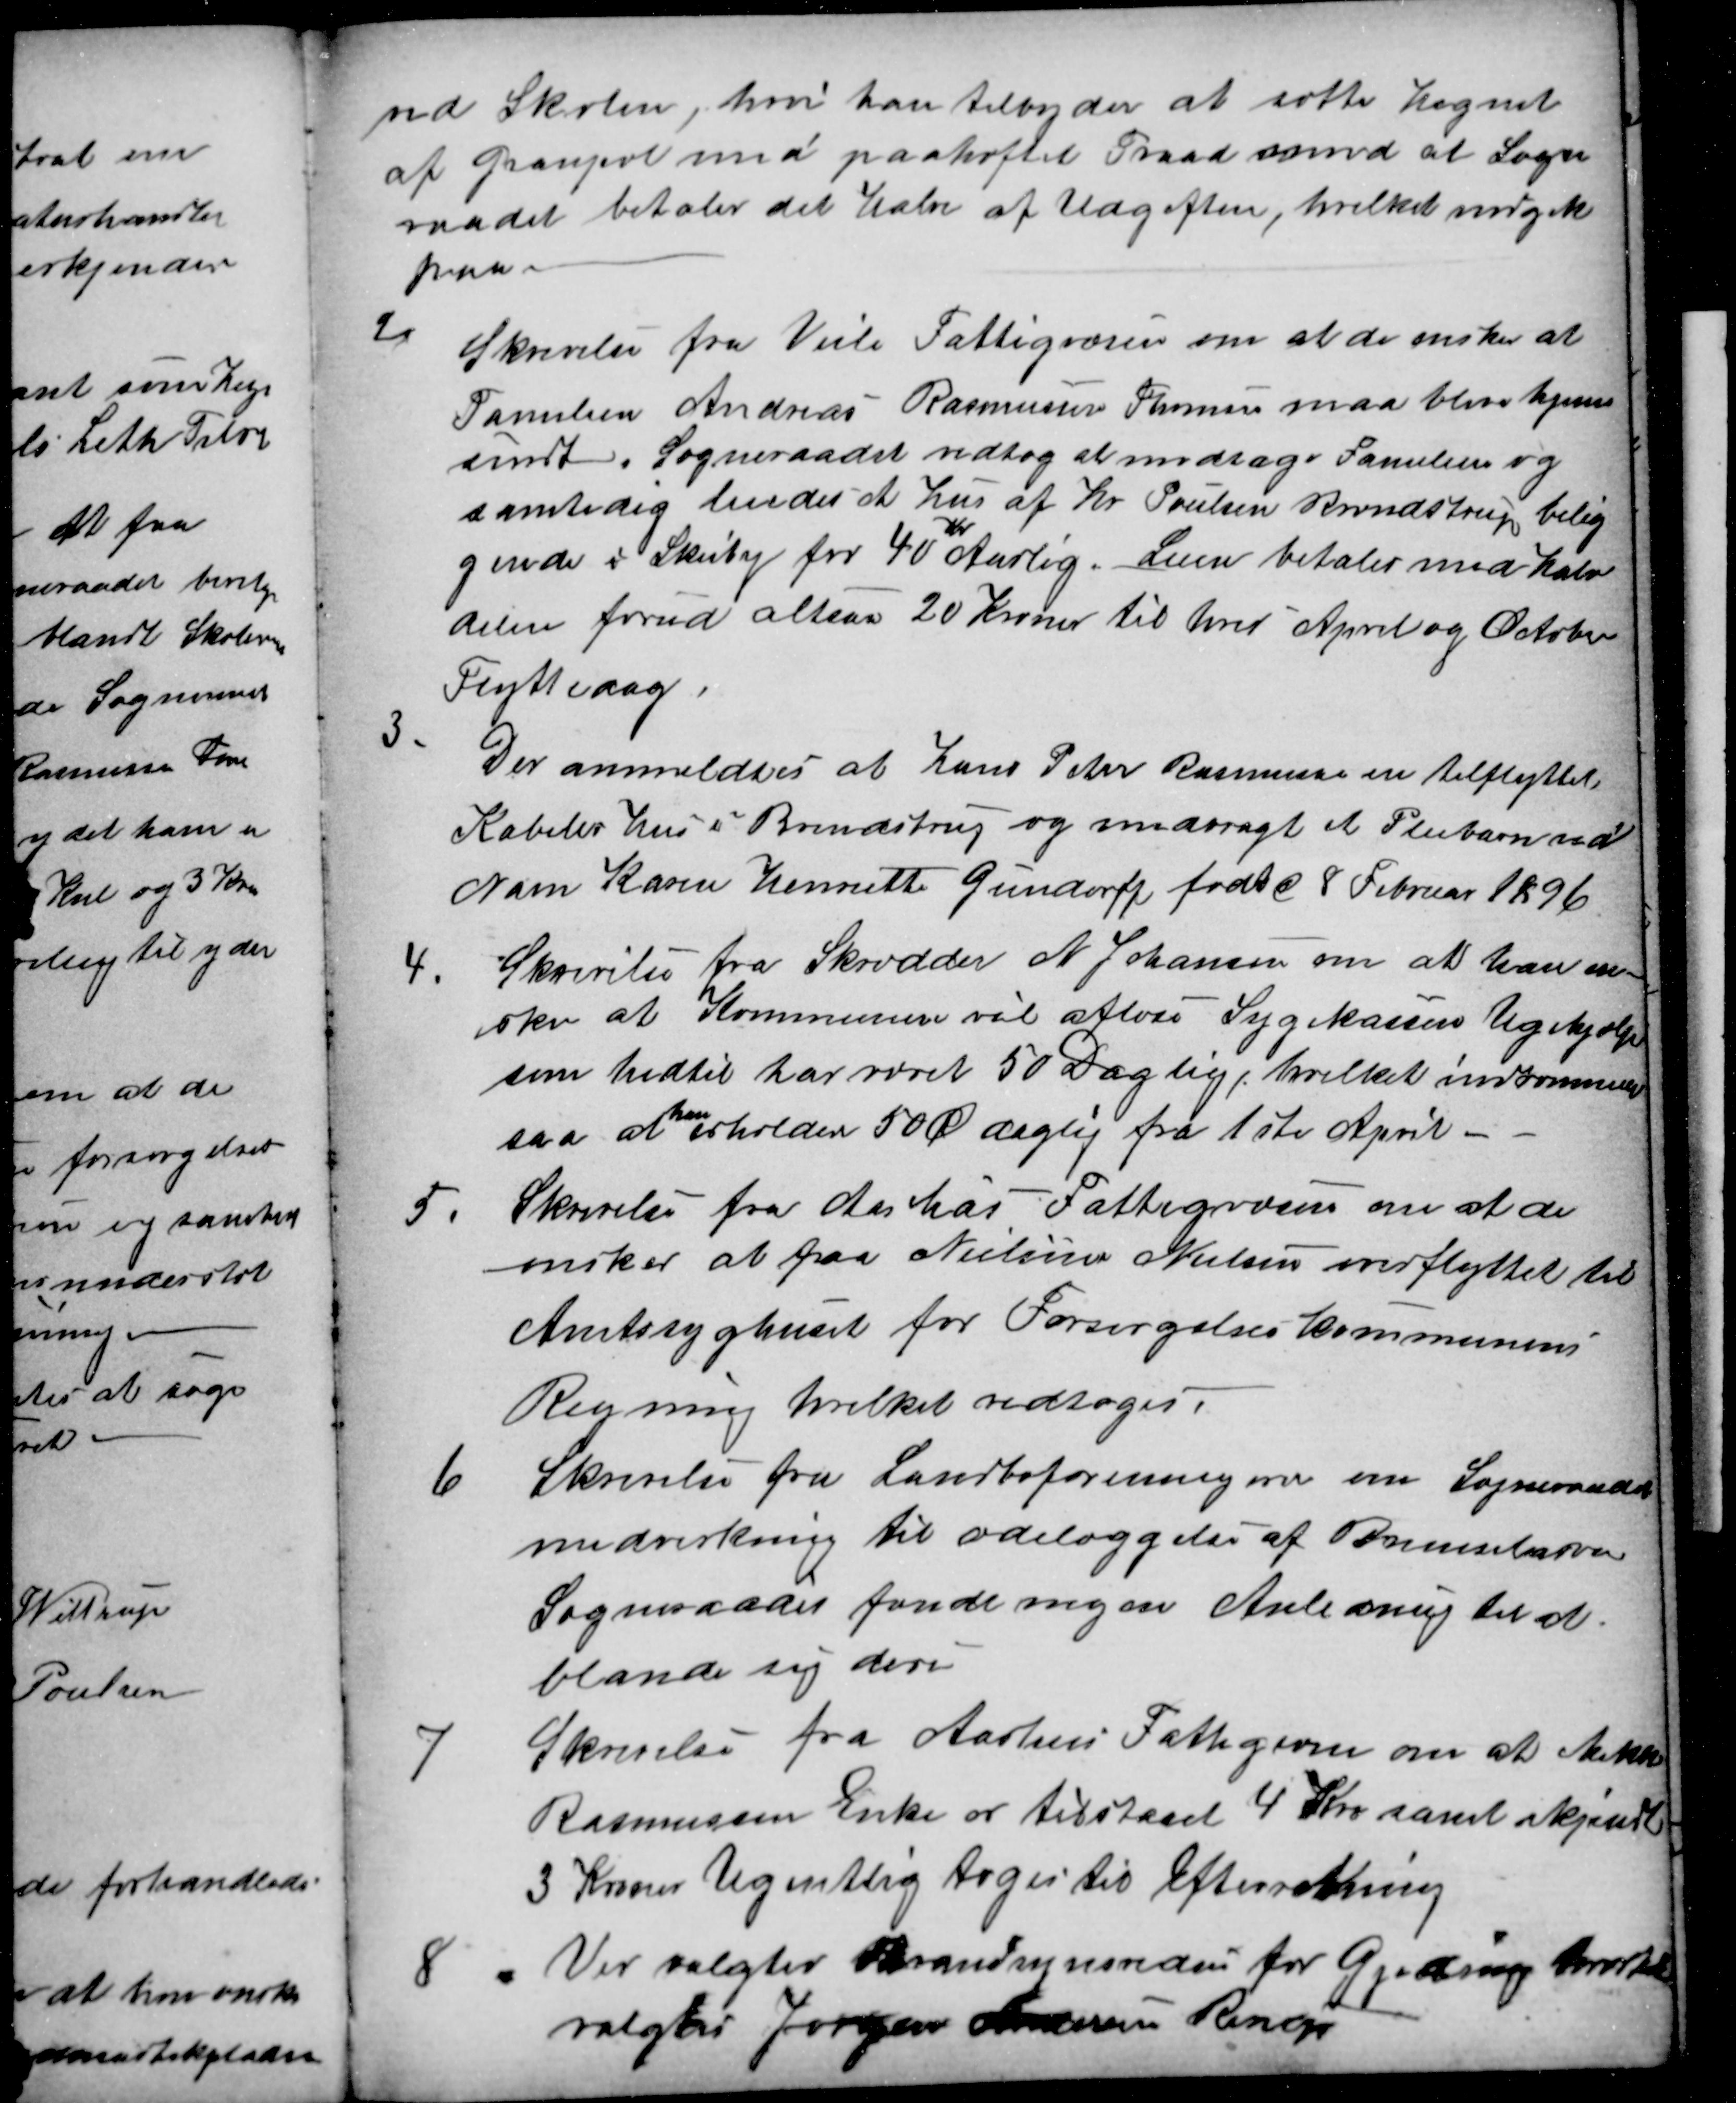
Transskription:
ved Skolen, hvor han tilbyder at sætte Hegnet
af Granpæl med paahæftet Traad samt at Sogne
raadet betaler det Halve af Udgiften, hvilket indgik
paa.
2
Skrivelse fra Veile Fattigvæsen om at de ønsker at
Familien Andreas Rasmussen Thomsen maa blive hjem-
sendt. Sogneraadet vedtog at modtage Familien og 
samtidig leiedes et Hus af Hr Poulsen Brendstrup belig
gende i Skeiby for 40
Kr
Aarlig. Leien betales med halv
delen forud altsaa 20 Kroner til hver April og October
Flyttedag
3.
Der anmeldtes at Hans Peter Rasmussen er tilflyttet
Kabells Hus i Brendstrup og medbragt et Pleiebarn ved
Navn Karen Henriette Gundorff født d 8 Februar 1896
4.
Skrivelse fra Skrædder N Johansen om at han øn-
sker at Kommunen vil afløse Sygekassens Ugehjælp
som hidtil har været 50 Daglig, hvilket indrømmes
saa at
han
erholder 50 Ø daglig fra 1ste April
5.
Skrivelse fra Aarhus Fattigvæsen om at de
ønsker at faa Nielsine Nielsen overflyttet til
Amtssyghuset for Forsørgelseskommunens
Regning hvilket vedtoges.
6
Skrivelse fra Landboforening over om Sogneraadets
medvirkning til ødelæggelse af Bremselarven
Sogneraadet fandt ingen Anledning til at
blande sig deri
7
Skrivelse fra Aarhus Fattigvæsen om at Mikkel
Rasmussen Enke er tilstaaet 4 Kr samt ikjendt
3 Kroner Ugentlig toges til Efterretning
8
Ver valgtes Brandsynsvidne for Gjeding hvortil
valgtes Jørgen Andersen Rerup